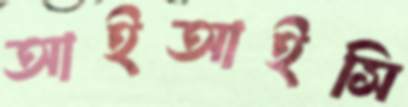
আইআইসি